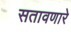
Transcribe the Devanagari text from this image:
सतावणारे